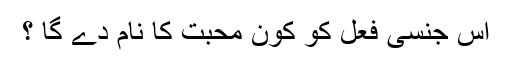
اس جنسی فعل کو کون محبّت کا نام دے گا ؟